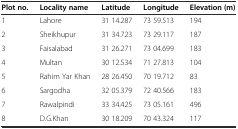
<table><thead><tr><td><b>Plot no.</b></td><td><b>Locality name</b></td><td><b>Latitude</b></td><td><b>Longitude</b></td><td><b>Elevation (m)</b></td></tr></thead><tbody><tr><td>1</td><td>Lahore</td><td>31 14.287</td><td>73 59.513</td><td>194</td></tr><tr><td>2</td><td>Sheikhupur</td><td>31 34.723</td><td>73 29.117</td><td>187</td></tr><tr><td>3</td><td>Faisalabad</td><td>31 26.271</td><td>73 04.699</td><td>183</td></tr><tr><td>4</td><td>Multan</td><td>30 12.534</td><td>71 27.813</td><td>104</td></tr><tr><td>5</td><td>Rahim Yar Khan</td><td>28 26.450</td><td>70 19.712</td><td>83</td></tr><tr><td>6</td><td>Sargodha</td><td>32 05.379</td><td>72 40.566</td><td>183</td></tr><tr><td>7</td><td>Rawalpindi</td><td>33 34.425</td><td>73 05.161</td><td>496</td></tr><tr><td>8</td><td>D.G.Khan</td><td>30 18.209</td><td>70 43.324</td><td>117</td></tr></tbody></table>